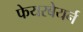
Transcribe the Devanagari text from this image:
फेयरबेयर्न